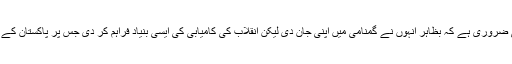
ان شہدا کا فرداً فرداً ذکر کرنا اس لیے بھی ضروری ہے کہ بظاہر انہوں نے گمنامی میں اپنی جان دی لیکن انقلاب کی کامیابی کی ایسی بنیاد فراہم کر دی جس پر پاکستان کے کامیاب اور روشن مستقبل کا انحصار ہے۔